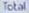
Total